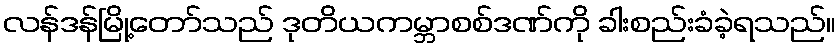
လန်ဒန်မြို့တော်သည် ဒုတိယကမ္ဘာစစ်ဒဏ်ကို ခါးစည်းခံခဲ့ရသည်။